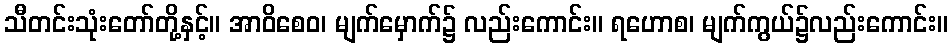
သီတင်းသုံးတော်တို့နှင့်။ အာဝိစေဝ၊ မျက်မှောက်၌ လည်းကောင်း။ ရဟောစ၊ မျက်ကွယ်၌လည်းကောင်း။